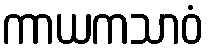
ကာယကသာဝံ